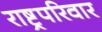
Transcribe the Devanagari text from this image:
राष्ट्रपरिवार